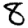
Digit: 8